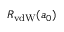
R _ { \mathrm { v d W } } ( a _ { 0 } )